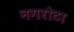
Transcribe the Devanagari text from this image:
नगरौटा